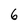
Character: 6